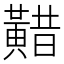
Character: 𪏈